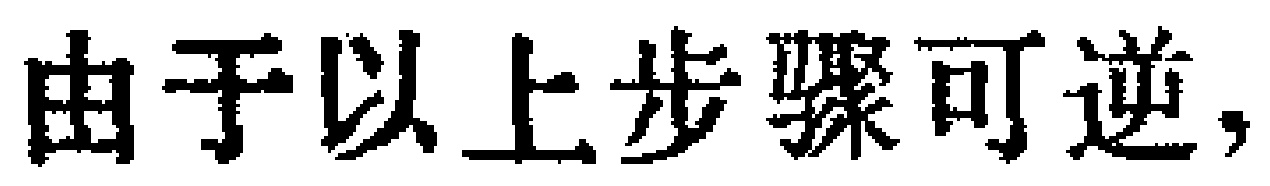
由于以上步骤可逆，